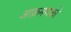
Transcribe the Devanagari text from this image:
आक्रमणको